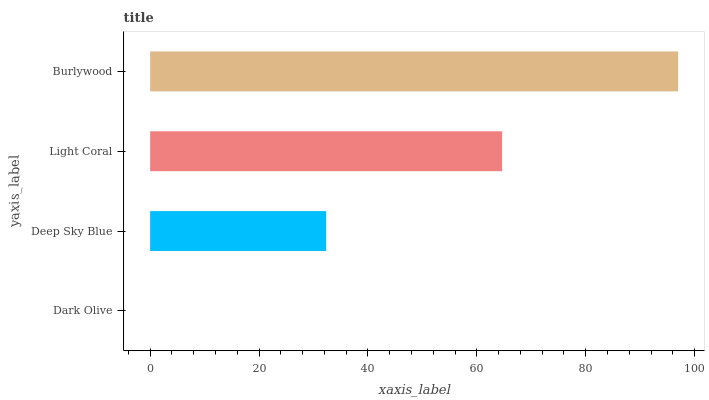
| yaxis_label | bars |
 | --- | --- |
 | Dark Olive | 0 |
 | Deep Sky Blue | 32.3 |
 | Light Coral | 64.6 |
 | Burlywood | 97 |